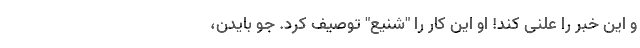
و این خبر را علنی کند! او این کار را "شنیع" توصیف کرد. جو بایدن،